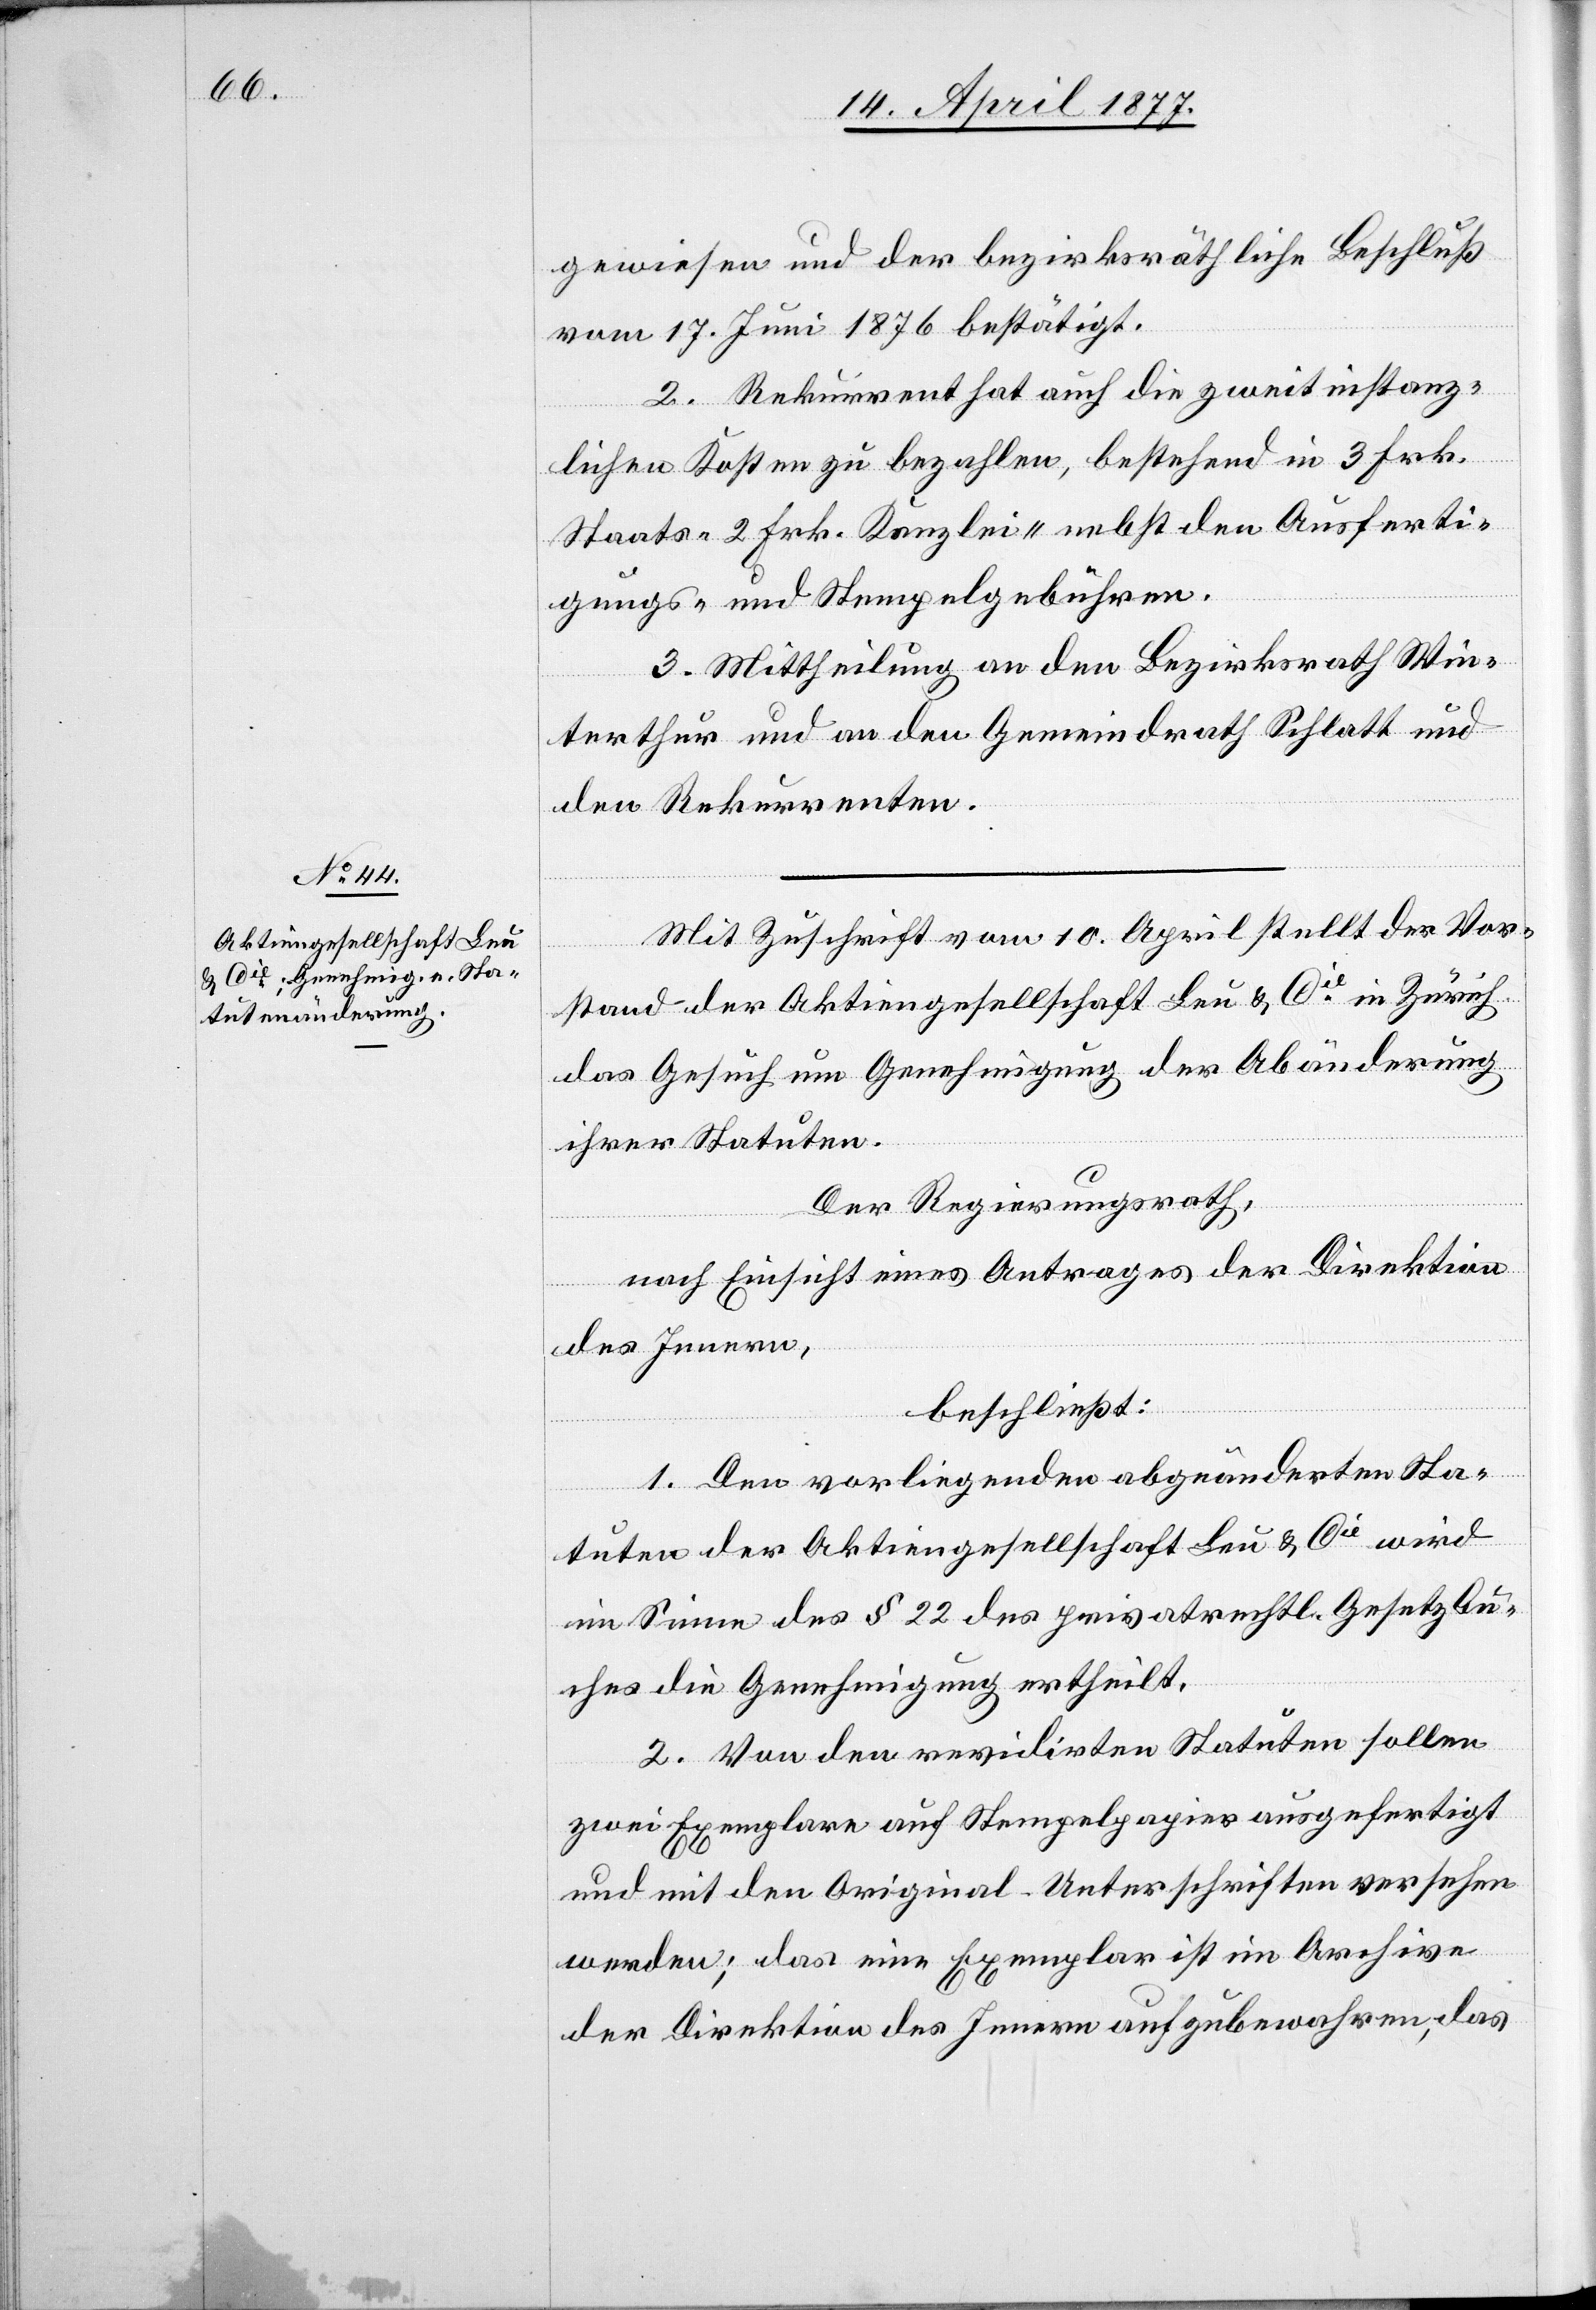
gewiesen und der bezirksräthliche Beschluß
vom 17. Juni 1876 bestätigt.
2. Rekurrent hat auch die zweitinstanz¬
lichen Kosten zu bezahlen, bestehend in 3 Frk.
Staats- 2 Frk. Kanzlei- nebst den Ausferti¬
gungs- und Stempelgebühren.
3. Mittheilung an den Bezirksrath Win¬
terthur und an den Gemeindrath Schlatt und
den Rekurrenten.
Mit Zuschrift vom 10. April stellt der Vor¬
stand der Aktiengesellschaft Leu & Cie in Zürich
das Gesuch um Genehmigung der Abänderung
ihrer Statuten.
Der Regierungsrath,
nach Einsicht eines Antrages der Direktion
des Innern,
beschließt:
1. Den vorliegenden abgeänderten Sta¬
tuten der Aktiengesellschaft Leu & Cie wird
im Sinne des § 22 des privatrechtl. Gesetzbu¬
ches die Genehmigung ertheilt.
2. Von den revidirten Statuten sollen
zwei Exemplare auf Stempelpapier ausgefertigt
und mit den Original-Unterschriften versehen
werden; das eine Exemplar ist im Archive
der Direktion des Innern aufzubewahren, das